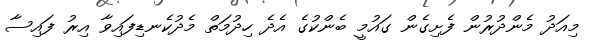
މިއަދު މެންދުރުން ފެށިގެން ގައުމީ ބެންކުގެ އެދެ ހިދުމަތް މެދުކެނޑިފައިވާ އިރު ފައިސާ